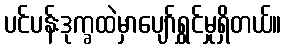
ပင်ပန်းဒုက္ခထဲမှာပျော်ရွှင်မှုရှိတယ်။